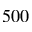
5 0 0